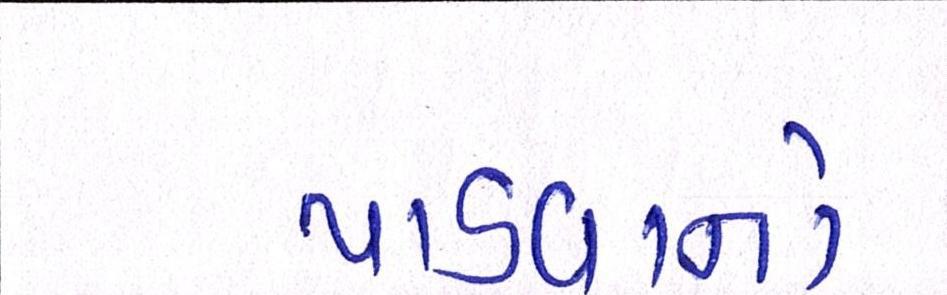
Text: પાડવાનો